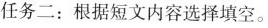
任务二 : 根据短文内容选择填空.